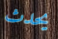
يحدث